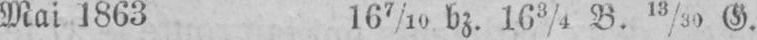
Mai 1863 167/10 bz. 163/4 B. 13/30 G.